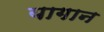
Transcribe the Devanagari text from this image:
यागान